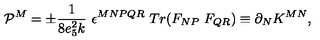
{ \cal P } ^ { M } = \pm \frac { 1 } { 8 e _ { 5 } ^ { 2 } k } \ \epsilon ^ { M N P Q R } \ T r ( F _ { N P } \ F _ { Q R } ) \equiv \partial _ { N } K ^ { M N } ,